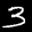
Label: 3